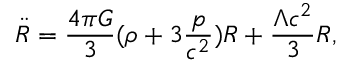
{ \ddot { R } } = \frac { 4 \pi G } { 3 } ( \rho + 3 \frac { p } { c ^ { 2 } } ) R + \frac { \Lambda c ^ { 2 } } { 3 } R ,